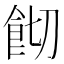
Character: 𩚦